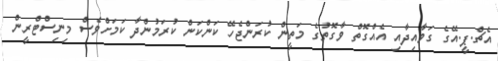
އެޗް.ޕީ.އޭގެ ގަވާއިދާއި އެއްގޮތް ވާގޮތުގެ މަތީން ކުރަންޖެހޭ ކަންކަން ކުރަމުންދާ ކަމަށްވެސް މިނިސްޓްރީން